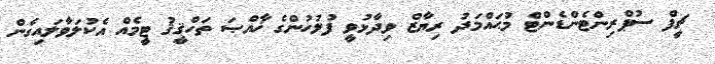
ޗީފް ސުޕްރިންޓެންޑެންޓް މުޙައްމަދު ރިޔާޒް ވިދާޅުވީ ފުލުހުންގެ ޚާއްޞަ ތަހްޤީޤު ޓީމެއް އެކުލަވާލައިގެން